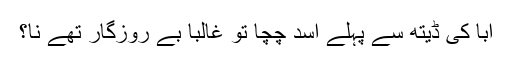
ابا کی ڈیتھ سے پہلے اسد چچا تو غالباً بے روزگار تھے نا؟